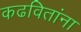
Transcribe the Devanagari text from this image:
कढवितांना